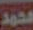
محمد